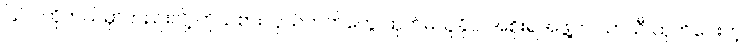
ပြင်ပဟိုတယ်မှာတည်းလို့ ကိုယ်စားလှယ်ကတ်တွေ ထုတ်မယူနိုင်၊ အစိုးရအဖွဲ့က ယာယီ ထုတ်ပေးတဲ့